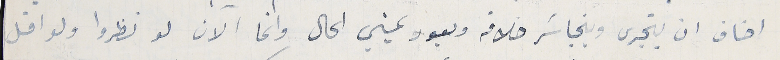
اخاف ان يتجرى ويتجاسَر خلافه ويعود يمني الحال وانما الان لو نظروا ولو اقل